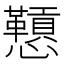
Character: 𪭅